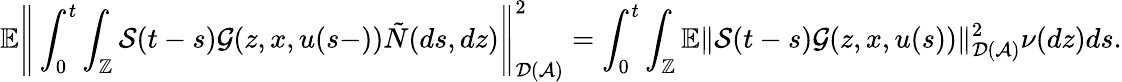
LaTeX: \mathbb{E}\Bigg\Vert\int_{0}^{t}\int_{\mathbb{Z}}\mathcal{S}(t-s)\mathcal{G}(z,x,u(s-))\tilde{N}(ds,dz)\Bigg\Vert_{\mathcal{D}(\mathcal{A})}^{2}=\int_{0}^{t}\int_{\mathbb{Z}}\mathbb{E}\Vert\mathcal{S}(t-s)\mathcal{G}(z,x,u(s))\Vert_{\mathcal{D}(\mathcal{A})}^{2}\nu(dz)ds.